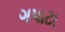
ગપાટા